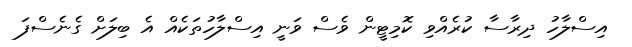
އިސްލާހު ދިރާސާ ކުރެއްވި ކޮމިޓީން ވެސް ވަނީ އިސްލާހުތަކެއް އެ ބިލަށް ގެނެސްފަ